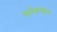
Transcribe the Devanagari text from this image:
एलेक्त्रॉन